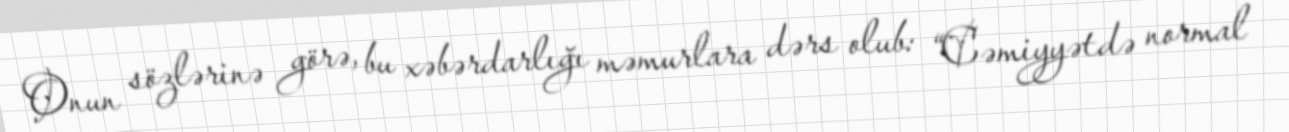
Onun sözlərinə görə, bu xəbərdarlığı məmurlara dərs olub: “Cəmiyyətdə normal